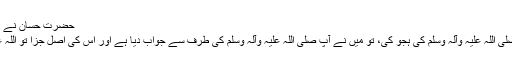
حضرت حسان نے (کفار کی ہجو میں) کہا :
’’تم نے محمد مصطفی صلی اللہ علیہ وآلہ وسلم کی ہجو کی، تو میں نے آپ صلی اللہ علیہ وآلہ وسلم کی طرف سے جواب دیا ہے اور اس کی اصل جزا تو اللہ عزوجل ہی کے پاس ہے۔